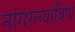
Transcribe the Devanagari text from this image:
नांगरल्याविण